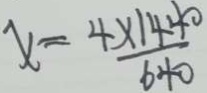
x = \frac { 4 \times 1 4 4 0 } { 6 4 0 }